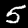
Label: 5